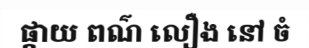
ផ្កាយ ពណ៌ លឿង នៅ ចំ